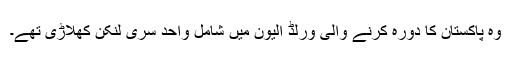
وہ پاکستان کا دورہ کرنے والی ورلڈ الیون میں شامل واحد سری لنکن کھلاڑی تھے۔